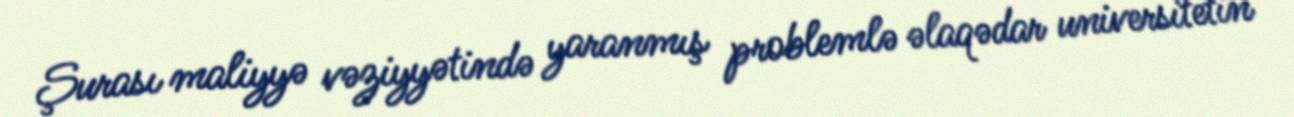
Şurası maliyyə vəziyyətində yaranmış problemlə əlaqədar universitetin